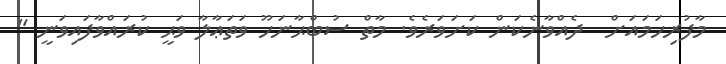
މާފުރިހަމައަށް  ދެއްވާނެކަން ކަށަވަރެވެ. މާތް ސުބްޙާނަހޫ ވަތަޢާލާ ވަޙީ ކުރައްވާފައިވަނީ "